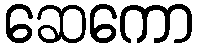
ဆေကော